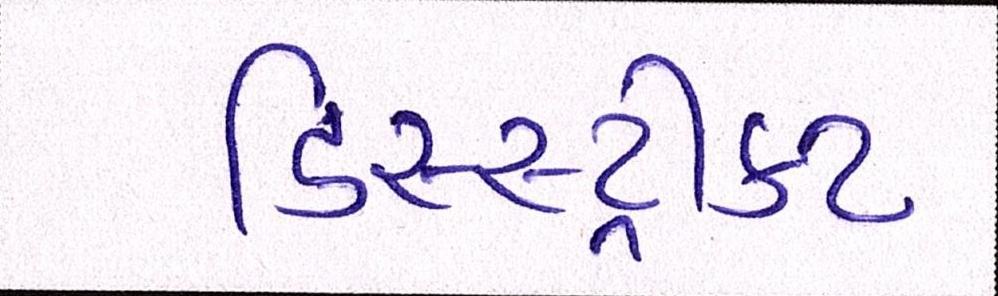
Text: ડિસ્સ્ટ્રીક્ટ